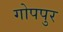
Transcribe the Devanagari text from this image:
गोपपुर